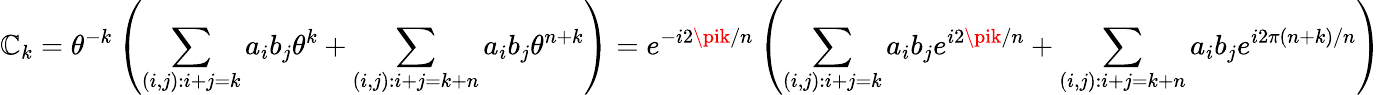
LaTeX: \mathbb{C}_{k}=\theta^{-k}\left(\sum_{(i,j):i+j=k}{a_{i}b_{j}\theta^{k}}+\sum_{(i,j):i+j=k+n}{a_{i}b_{j}\theta^{n+k}}\right)=e^{-i2\pik/n}\left(\sum_{(i,j):i+j=k}{a_{i}b_{j}e^{i2\pik/n}}+\sum_{(i,j):i+j=k+n}{a_{i}b_{j}e^{i2\pi(n+k)/n}}\right)